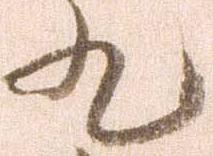
九